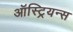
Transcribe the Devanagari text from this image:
ऑस्ट्रियन्स